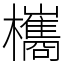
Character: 欈